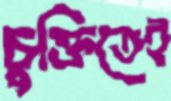
চুক্তিতেই